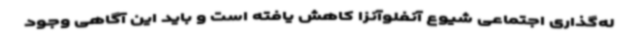
له‌گذاری اجتماعی شیوع آنفلوآنزا کاهش یافته است و باید این آگاهی وجود